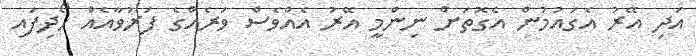
އަދި އޭރު އެގައުމުން އެގޮތަށް ނިންމީ އޭރު އެއްވެސް ވަރެއްގެ ފަރުވާއެއް ހޯދިފައި